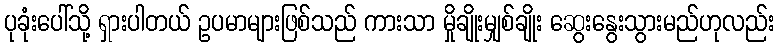
ပုခုံးပေါ်သို့ ရှားပါတယ် ဥပမာများဖြစ်သည် ကားသာ မှိုချိုးမျှစ်ချိုး ဆွေးနွေးသွားမည်ဟုလည်း